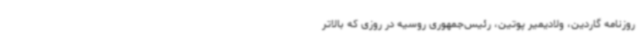
روزنامه گاردین، ولادیمیر پوتین، رئیس‌جمهوری روسیه در روزی که بالاتر